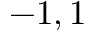
- 1 , 1